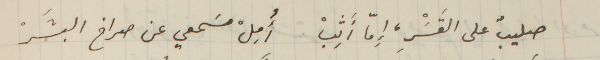
صليبٌ على القَسَْرِ، إِمّا أثِبْ أُمِلْ مسَمعي عن صراخ البشَرْ